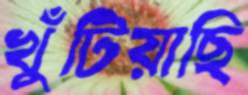
খুঁটিয়াছি